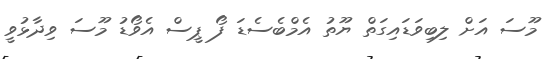
މޫސަ އަށް ލިބިވަޑައިގަތް ޔޫތު އެމްބެސެޑަ ފޯ ޕީސް އެވޯޑު މޫސަ ވިދާޅުވީ